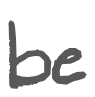
Text: be
Cross-out: clean
Writing tool: digital_gray